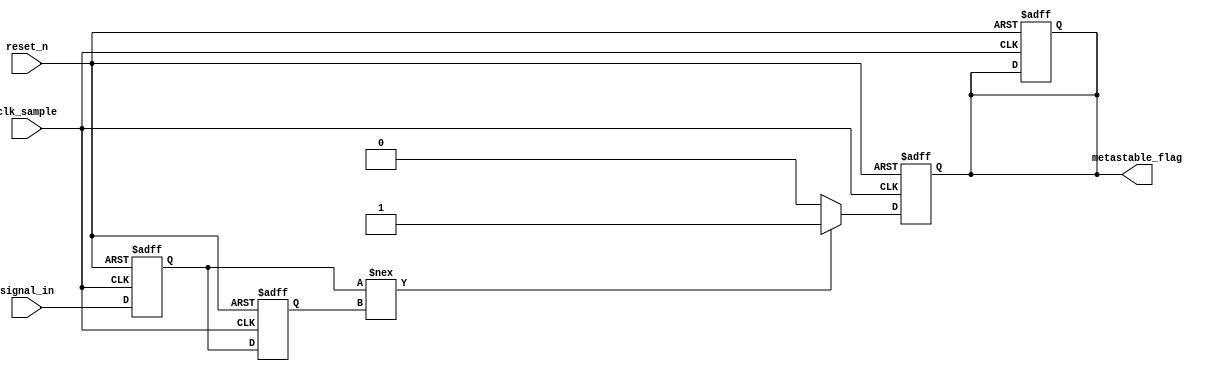
module metastability_detector (
    input wire clk_sample,     // Sampling clock
    input wire reset_n,       // Active-low reset
    input wire signal_in,      // Input signal from a different clock domain
    output reg metastable_flag // Output flag indicating potential metastability
);

    // Internal signals for the flip-flop outputs
    reg reg1;                 // Output of the first flip-flop
    reg reg2;                 // Output of the second flip-flop

    // Synchronous reset and sampling of the signal
    always @(posedge clk_sample or negedge reset_n) begin
        if (!reset_n) begin
            reg1 <= 1'b0;     // Reset the first flip-flop
            reg2 <= 1'b0;     // Reset the second flip-flop
            metastable_flag <= 1'b0; // Clear metastability flag
        end else begin
            reg1 <= signal_in; // Sample the input signal
            reg2 <= reg1;      // Sample the output of the first flip-flop
        end
    end

    // Metastability detection logic
    always @(posedge clk_sample or negedge reset_n) begin
        if (!reset_n) begin
            metastable_flag <= 1'b0; // Clear metastability flag
        end else begin
            // Check for a potential metastable condition
            if (reg1 !== reg2) begin
                metastable_flag <= 1'b1; // Set flag if outputs differ
            end else begin
                metastable_flag <= 1'b0; // Clear flag if outputs are stable
            end
        end
    end

endmodule